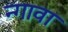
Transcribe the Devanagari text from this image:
न्गावा